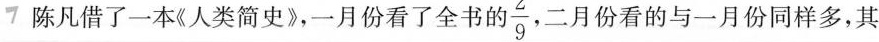
7陈凡借了一本《人类简史》，一月份看了全书的 \frac{2}{9}，二月份看的与一月份同样多，其